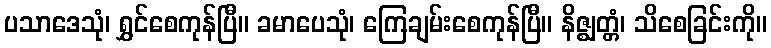
ပသာဒေသုံ၊ ရွှင်စေကုန်ပြီ။ ခမာပေသုံ၊ ကြေချမ်းစေကုန်ပြီ။ နိဇ္ဈတ္တံ၊ သိစေခြင်းကို။